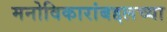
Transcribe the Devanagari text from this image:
मनोविकारांबद्दलच्या